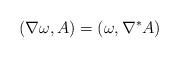
LaTeX: \begin{align*}(\nabla \omega, A) = (\omega, \nabla^* A)\end{align*}